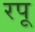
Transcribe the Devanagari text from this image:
रपू